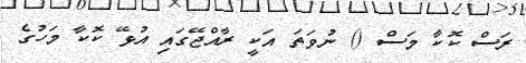
ރަސް ކޮކާ މަސް () ނުވަތަ އަކީ ރާއްޖޭގައި އުޅޭ ކޮކާ މަހުގެ